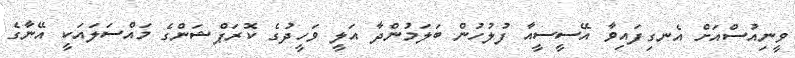
ވީނިއުސްއަށް އެނގިފައިވާ އޭސީސީއާ ފުލުހުން ބަލަމުންދާ އަލީ ވަހީދުގެ ކޮރަޕްޝަންގެ މައްސަލައަކީ އޭނާގެ